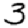
Digit: 3